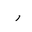
Letter: _ra